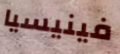
فينيسيا